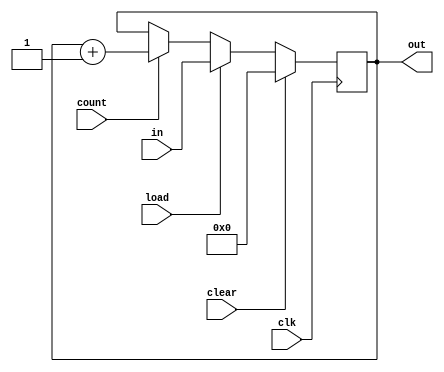
module lab5_1(clk,clear,count,load,in,out);
input clk,clear,count,load;
input [3:0]in;
output reg [3:0]out;

always@(posedge clk)
begin
	if(clear==1)
		out=0;
	else if (load==1)
		out=in;
	else if (count==1)
		out<=out+4'b0001;

end

endmodule